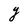
Character: Y